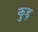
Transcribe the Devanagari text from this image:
कुड़